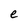
Character: e